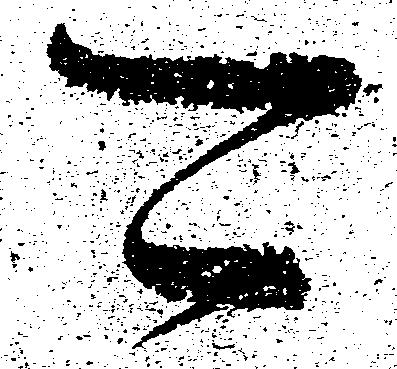
可